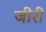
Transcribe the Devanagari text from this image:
जीरी